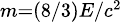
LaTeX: \scriptstyle{m=(8/3)E/c^{2}}